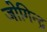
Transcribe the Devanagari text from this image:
जोगिन्द्र